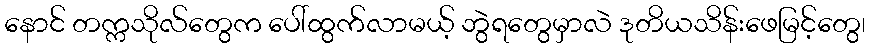
နောင် တက္ကသိုလ်တွေက ပေါ်ထွက်လာမယ့် ဘွဲရတွေမှာလဲ ဒုတိယသိန်းဖေမြင့်တွေ၊